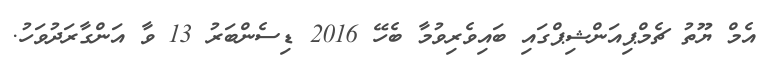
އެމް ޔޫތު ޗެމްޕިއަންޝިޕްގައި ބައިވެރިވުމާ ބެހޭ 2016 ޑިސެންބަރު 13 ވާ އަންގާރަދުވަހު.